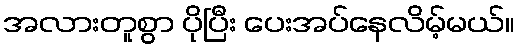
အလားတူစွာ ပိုပြီး ပေးအပ်နေလိမ့်မယ်။